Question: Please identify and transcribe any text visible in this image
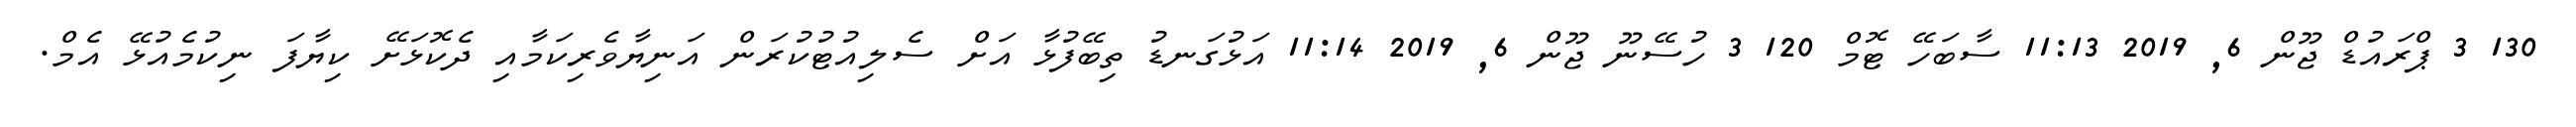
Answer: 130 3 ޕްރައުޑް ޖޫން 6, 2019 11:13 ސާބަހޭ ޓޮމް 120 3 ހުސޭނޫ ޖޫން 6, 2019 11:14 އަޅުގަނޑު ތިބޭފުޅާ އަށް ސެލިއުޓުކުރަން އަނިޔާވެރިކަމާއި ދެކޮޅަށޭ ކިޔާފަ ނިކުމެއުޅޭ އެމް.